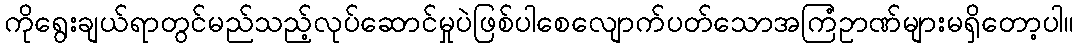
ကိုရွေးချယ်ရာတွင်မည်သည့်လုပ်ဆောင်မှုပဲဖြစ်ပါစေလျောက်ပတ်သောအကြံဥာဏ်များမရှိတော့ပါ။